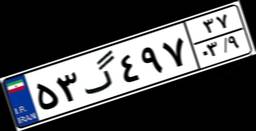
۵۰گ۰۲۶۳۹